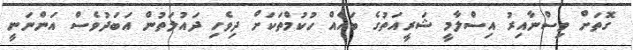
ގޮތަށް ވިސްނާއިރު އިސްލާމީ ޝަރީއަތުގެ ބައެއް ހުކުމްތަކަށް ދިވެހި ދައުލަތުން އަބަދުވެސް އަންނަނީ